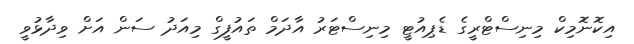
އިކޮނޮމިކް މިނިސްޓްރީގެ ޑެޕިއުޓީ މިނިސްޓަރު އާދަމް ތައުފީގް މިއަދު ސަން އަށް ވިދާޅުވީ